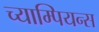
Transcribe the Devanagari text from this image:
च्याम्पियन्स